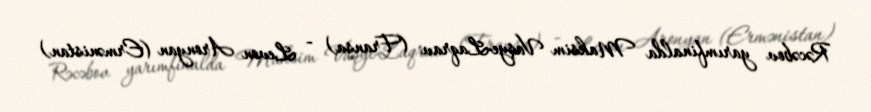
Rəcəbov yarımfinalda Maksim Vaşye-Laqrav (Fransa) - Levon Aronyan (Ermənistan)